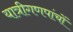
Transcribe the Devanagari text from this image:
यात्रीगणपांचों